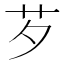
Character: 芕